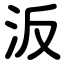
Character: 汳